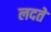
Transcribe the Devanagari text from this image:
लदते